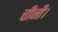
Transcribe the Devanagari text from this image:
चीनी।